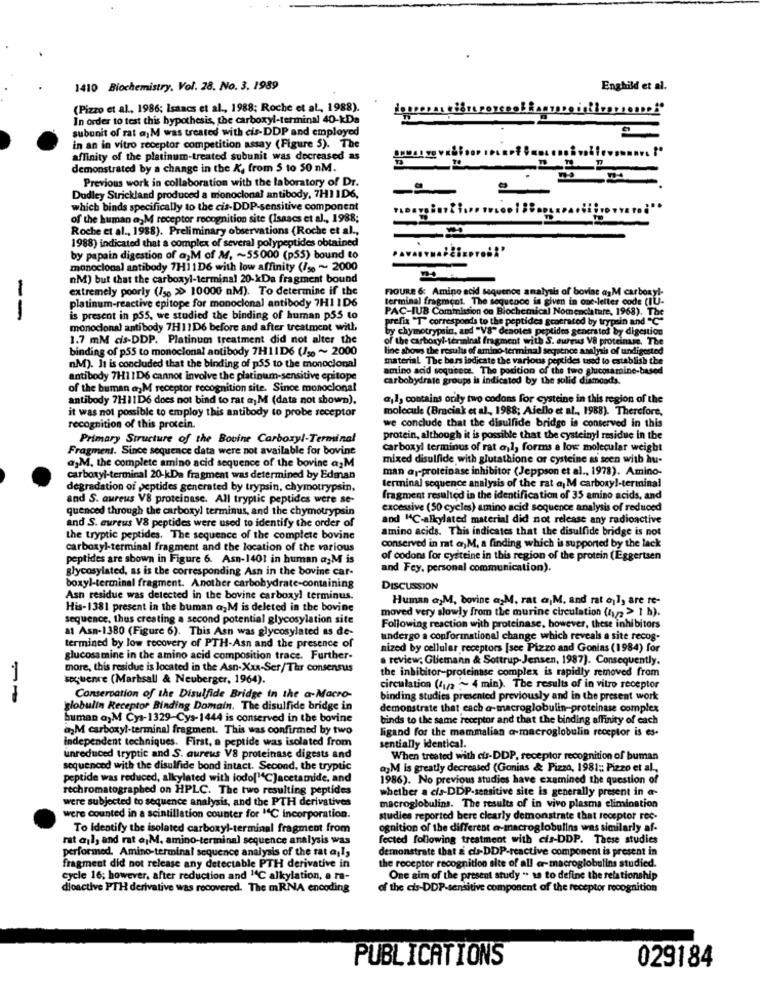
1410 Biochemistry, Vol. 28. No. 3. 1989
Enghild et al.
(Pizzo et al ., 1986; Isaacs et al ., 1988; Roche et al ., 1988).
In order to test this bypothesis, the carboxyl-terminal 40-kDa
subunit of rat aj M was treated with cis-DDP and employed
in an in vitro receptor competition assay (Figure 5). The
affinity of the platinum-treated subunit was decreased as
demonstrated by a change in the K, from 5 to 50 nM.
Previous work in collaboration with the laboratory of Dr.
Dudley Strickland produced a monoclonal antibody, 7H1 1D6,
which binds specifically to the cis-DDP-sensitive component
of the human a,M receptor recognition site (Isaacs et al ., 1988;
Roche et al ., 1988). Preliminary observations (Roche et al .,
1988) indicated that a complex of several polypeptides obtained
by papain digestion of a)M of M, ~ 55000 (p55) bound to
monoclonal antibody 7H1 1D6 with low affinity (/se ~ 2000
nM) but that the carboxyl-terminal 20-kDa fragment bound
extremely poorly (/50 > 10000 aM). To determine if the
FIGURE & Amino acid sequence analysis of bovine anM carboxyl-
platinum-reactive epitope for monoclonal antibody 7H1 ID6
terminal fragment. The sequence is given in one-letter code (1U.
PAC-IUB Commission on Biochemical Nomenclature, 1968). The
--
is present in p55, we studied the binding of human p55 to
prefix "T" corresponds to the peptides generated by trypsin and "C"
monoclonal antibody 7H11D6 before and after treatment with,
by chymotrypsin, and "VS" denotes peptides generated by digestion
1.7 mM cis-DDP. Platinum treatment did not alter the
of the carboxyl-terminal fragment with S. aureus V8 proteinase. The
binding of p55 to monoclonal antibody 7H11D6 (130 ~ 2000
line shows the results of amino-terminal sequence analysis of undigested
material The bars indicate the various peptides tused to establish the
nM). It is concluded that the binding of p55 to the monoclonal
amino acid sequence. The position of the two glucosamine-based
antibody 7H11D6 cannot involve the platinum-sensitive cpitope
carbohydrate groups is indicated by the solid diamonds.
of the human a, M receptor recognition site. Since monoclonal
antibody 7H11D6 does not bind to rat a; M (data not shown),
a¡l, contains orily two codons for cysteine in this region of the
it was not possible to employ this antibody to probe receptor
molecule (Braciak et al ., 1988; Aiello et al ., 1988). Therefore,
we conclude that the disulfide bridge is conserved in this
recognition of this protein.
Primary Structure of the Bovine Carboxyl-Terminal
protein, although it is possible that the cysteinyl residue in the
Fragment. Since sequence data were not available for bovine
carboxyl terminus of rat al, forms a low molecular weight
mixed disulfide with glutathione or cysteine as seen with hu-
a,M, the complete amino acid sequence of the bovine agM
man ar-proteinase inhibitor (Jeppson et al ., 1978). Amino-
carboxyl-terminal 20-kDa fragment was determined by Edman
degradation of peptides generated by trypsin, chymotrypsin,
terminal sequence analysis of the rat aj M carboxy !- terminal
and S. aureus V8 proteinase. All tryptic peptides were se-
fragment resulted in the identification of 35 amino acids, and
quenced through the carboxyl terminus, and the chymotrypsin
excessive (50 cycles) amino acid sequence analysis of reduced
and "C-alkylated material did not release any radioactive
and S. aureus V8 peptides were used to identify the order of
amino acids. This indicates that the disulfide bridge is not
the tryptic peptides. The sequence of the complete bovine
carboxyl-terminal fragment and the location of the various
conserved in mat @ M, a finding which is supported by the lack
peptides are shown in Figure 6. Asn-1401 in human asM is
of codons for cysteine in this region of the protein (Eggertsen
glycosylated, as is the corresponding Asn in the bovine car-
and Fey, personal communication).
boxyl-terminal fragment. Another carbohydrate-containing
DISCUSSION
Asn residue was detected in the bovine carboxyl terminus.
Human a,M, bovine a,M. rat a M. and rat a)I, are re-
His-1381 present in the buman a; M is deleted in the bovine
moved very slowly from the murine circulation (1)/> > 1 h).
sequence, thus creating a second potential glycosylation site
at Asn-1380 (Figure 6). This Asn was glycosylated as de-
Following reaction with proteinase, however, these inhibitors
undergo a conformational change which reveals a site recog-
termined by low recovery of PTH-Asn and the presence of
nized by cellular receptors [see Pizzo and Gonias (1984) for
glucosamine in the amino acid composition trace. Further-
a review; Gliemann & Sottrup-Jensen, 1987). Consequently.
1
more, this residue is located in the Asn-Xxx-Ser/Thr consensus
the inhibitor-proteinase complex is rapidly removed from
sequence (Marksall & Neuberger, 1964).
circulation (41/2 ~ 4 min). The results of in vitro receptor
Conservation of the Disulfide Bridge in the a-Macro-
binding studies presented previously and in the present work
globulin Receptor Binding Domain. The disulfide bridge in
demonstrate that each a-macroglobulin-proteinase complex
human a, M Cys-1329-Cys- 1444 is conserved in the bovine
binds to the same receptor and that the binding affinity of each
a,M carboxyl-terminal fragment. This was confirmed by two
ligand for the mammalian a macroglobulin receptor is es.
independent techniques. First, a peptide was isolated from
sentially identical.
unreduced tryptic and S. aureus V8 proteinase digests and
When treated with cis-DDP, receptor recognition of buman
sequenced with the disulfide bond intact. Second, the tryptic
ayM is greatly decreased (Gionias & Pizzo, 1981; Pizzo et al.
peptide was reduced, alkylated with iodo["C]acetamide, and
1986). No previous studies have examined the question of
rechromatographed on HPLC. The two resulting peptides
whether a cis-DDP-sensitive site is generally present in a-
were subjected to sequence analysis, and the PTH derivatives
macroglobulins. The results of in vivo plasma elimination
were counted in a scintillation counter for 14℃ incorporation.
studies reported bere clearly demonstrate that receptor rec-
To Identify the isolated carboxyl-terminal fragment from
ognition of the different @-macroglobulins was similarly af-
rat ail, and rat a¡M. amino-terminal sequence analysis was
fected following treatment with cis-DDP. These studies
performed. Amino-terminal sequence analysis of the rat a,I,
demonstrate that & cis-DDP-reactive component is present in
the receptor recognition site of all ar-macroglobulins studied.
fragment did not release any detectable PTH derivative in
cycle 16; however, after reduction and "C alkylation, a ra-
One aim of the present study ". ts to define the relationship
dioactive PTH derivative was recovered. The mRNA encoding
of the cis-DDP-sensitive component of the receptor recognition
PUBLICATIONS
029184